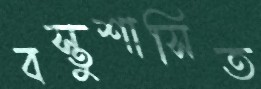
বস্তুশাসিত